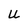
Character: U